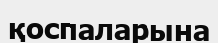
қоспаларына